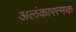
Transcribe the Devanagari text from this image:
अलंकारत्मक